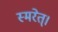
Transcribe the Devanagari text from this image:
स्मरेत्‌।